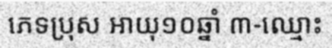
ភេទប្រុស អាយុ១០ឆ្នាំ ៣-ឈ្មោះ